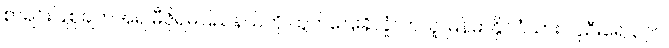
စာရင်းပြုစုချက်အရ မီဇိုရမ်ပြည်နယ်ကို ထွက်ပြေးခိုလှုံလာသူ မြန်မာနိုင်ငံသား လူဦးရေ ၃၇၀